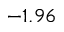
- 1 . 9 6